Indian journal of veterinary science and animal husbandry - Volume 11,
Year: 1941
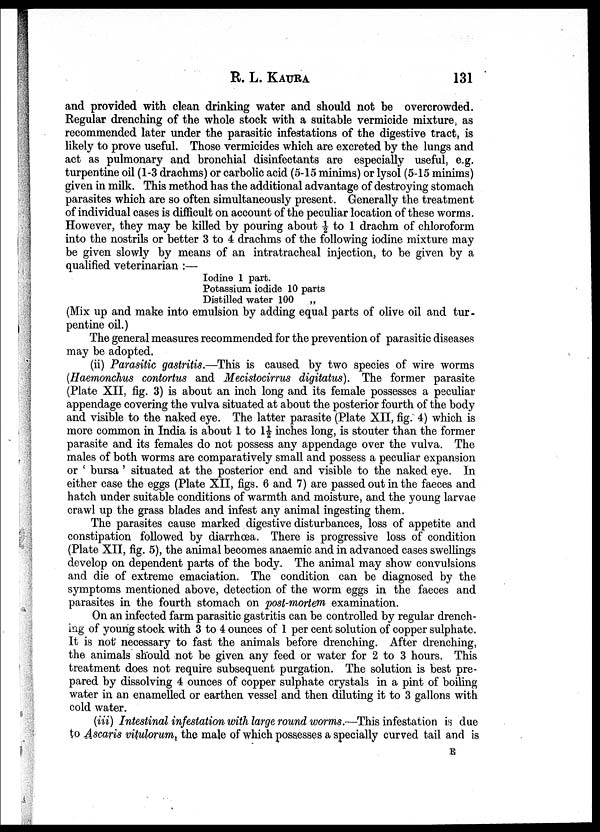
R. L.
KAURA
131
and provided with clean drinking water and should not be overcrowded.
Regular drenching of the whole stock with a suitable vermicide mixture, as
recommended later under the parasitic infestations of the digestive tract, is
likely to prove useful. Those vermicides which are excreted by the lungs and
act as pulmonary and bronchial disinfectants are especially useful, e.g.
turpentine oil (1-3 drachms) or carbolic acid (5-15 minims) or lysol (5-15 minims)
given in milk. This method has the additional advantage of destroying stomach
parasites which are so often simultaneously present. Generally the treatment
of individual cases is difficult on account of the peculiar location of these worms.
However, they may be killed by pouring about ½ to 1 drachm of chloroform
into the nostrils or better 3 to 4 drachms of the following iodine mixture may
be given slowly by means of an intratracheal injection, to be given by a
qualified veterinarian :—
Iodine 1 part.
Potassium iodide 10 parts
Distilled water 100 „
(Mix up and make into emulsion by adding equal parts of olive oil and tur-
pentine oil.)
The general measures recommended for the prevention of parasitic diseases
may be adopted.
(ii) Parasitic gastritis.—This is caused by two species of wire worms
(Haemonchus contortus and Mecistocirrus digitatus). The former parasite
(Plate XII, fig. 3) is about an inch long and its female possesses a peculiar
appendage covering the vulva situated at about the posterior fourth of the body
and visible to the naked eye. The latter parasite (Plate XII, fig. 4) which is
more common in India is about 1 to 1½ inches long, is stouter than the former
parasite and its females do not possess any appendage over the vulva. The
males of both worms are comparatively small and possess a peculiar expansion
or ' bursa ' situated at the posterior end and visible to the naked eye. In
either case the eggs (Plate XII, figs. 6 and 7) are passed out in the faeces and
hatch under suitable conditions of warmth and moisture, and the young larvae
crawl up the grass blades and infest any animal ingesting them.
The parasites cause marked digestive disturbances, loss of appetite and
constipation followed by diarrhœa. There is progressive loss of condition
(Plate XII, fig. 5), the animal becomes anaemic and in advanced cases swellings
develop on dependent parts of the body. The animal may show convulsions
and die of extreme emaciation. The condition can be diagnosed by the
symptoms mentioned above, detection of the worm eggs in the faeces and
parasites in the fourth stomach on post-mortem examination.
On an infected farm parasitic gastritis can be controlled by regular drench-
ing of young stock with 3 to 4 ounces of 1 per cent solution of copper sulphate.
It is not necessary to fast the animals before drenching. After drenching,
the animals should not be given any feed or water for 2 to 3 hours. This
treatment does not require subsequent purgation. The solution is best pre-
pared by dissolving 4 ounces of copper sulphate crystals in a pint of boiling
water in an enamelled or earthen vessel and then diluting it to 3 gallons with
cold water.
(iii) Intestinal infestation with large round worms.—This infestation is due
to Ascaris vitulorum, the male of which possesses a specially curved tail and is
E